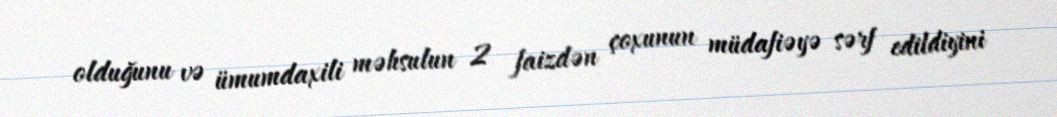
olduğunu və ümumdaxili məhsulun 2 faizdən çoxunun müdafiəyə sərf edildiyini